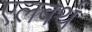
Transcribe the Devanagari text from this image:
एलबर्थ